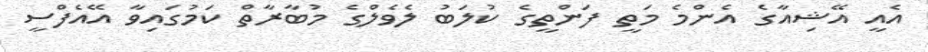
އެއީ އޭޝިއާގެ އެންމެ މަތީ ފަންތީގެ ކުލަބު ލެވެލްގެ މުބާރާތް ކަމުގައިވާ އޭއެފްސީ